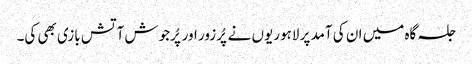
جلسہ گاہ میں ان کی آمد پر لاہوریوں نے پُرزور اور پُرجوش آتش بازی بھی کی۔